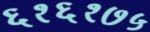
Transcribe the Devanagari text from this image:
६१६१७५